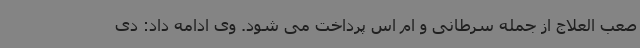
صعب العلاج از جمله سرطانی و ام اس پرداخت می شود. وی ادامه داد: دی